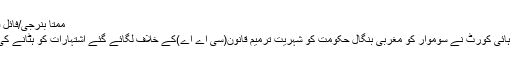
ممتا بنرجی/فائل فوٹو: پی ٹی آئی
نئی دہلی: کلکتہ ہائی کورٹ نے سوموار کو مغربی بنگال حکومت کو شہریت ترمیم قانون(سی اے اے)کے خلاف لگائے گئے اشتہارات کو ہٹانے کی ہدایت دی ہے۔